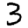
Digit: 3